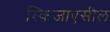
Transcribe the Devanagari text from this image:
स्किजाएसील